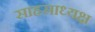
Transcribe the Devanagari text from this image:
साहसाध्यक्ष